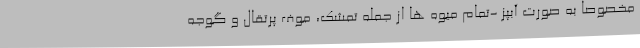
مخصوصا به صورت آبپز -تمام میوه ها از جمله تمشک، موف پرتقال و گوجه